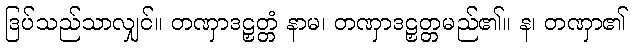
ဒြပ်သည်သာလျှင်။ တဏှာဒဠှတ္တံ နာမ၊ တဏှာဒဠှတ္တမည်၏။ န၊ တဏှာ၏